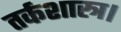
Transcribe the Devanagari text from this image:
तर्कशास्त्र।